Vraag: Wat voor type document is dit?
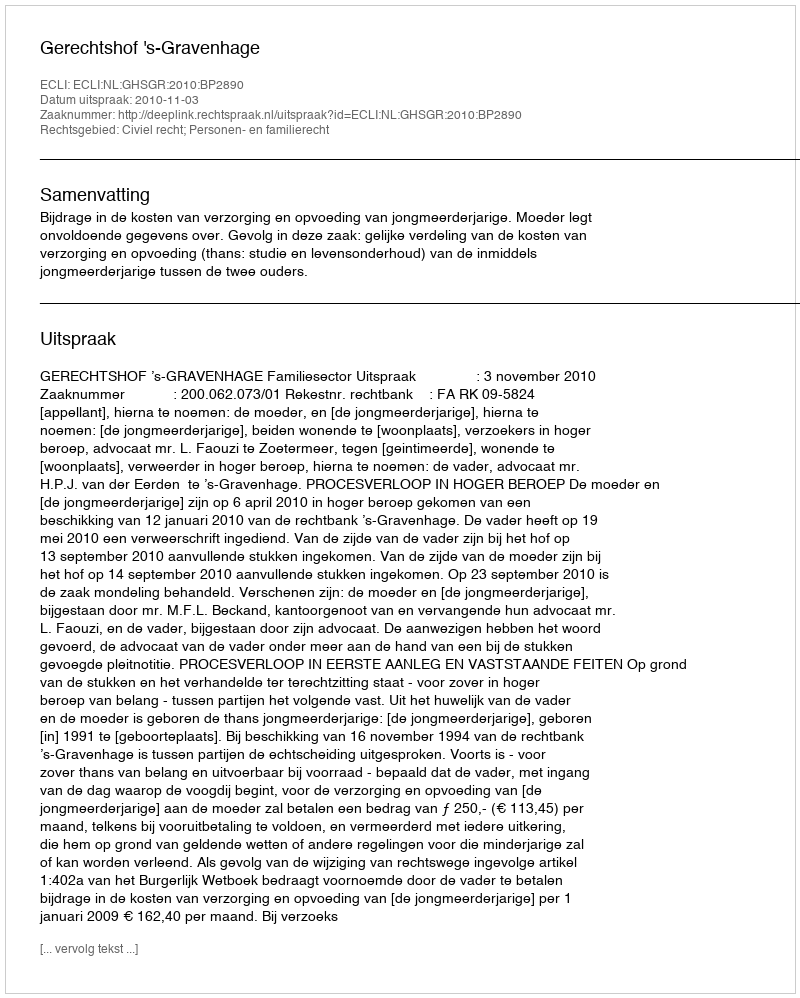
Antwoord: Uitspraak